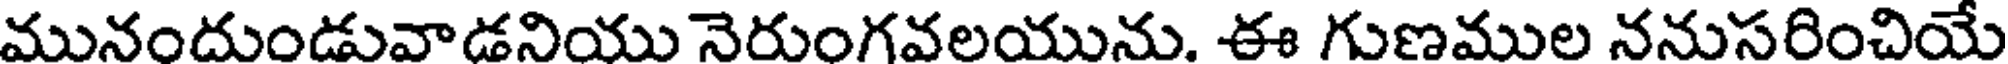
మునందుండువాడనియు నెరుంగవలయును. ఈ గుణముల ననుసరించియే